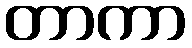
တာကာ